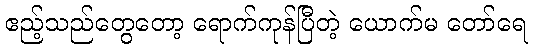
ဧည့်သည်တွေတော့ ရောက်ကုန်ပြီတဲ့ ယောက်မ တော်ရေ